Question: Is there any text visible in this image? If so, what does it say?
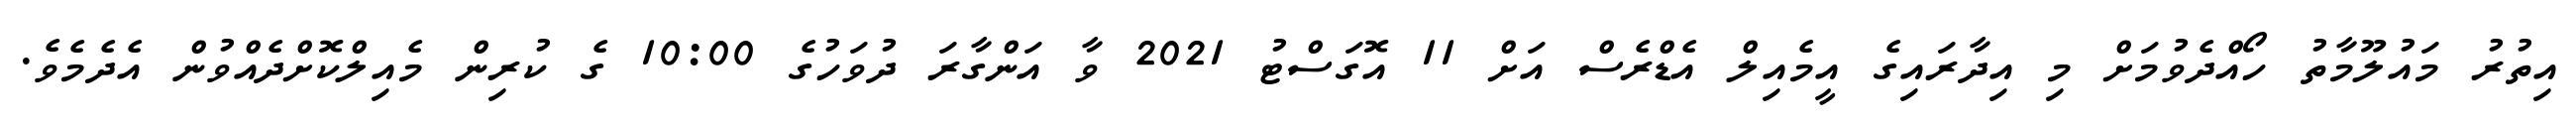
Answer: އިތުރު މައުލޫމާތު ހޯއްދެވުމަށް މި އިދާރައިގެ އީމެއިލް އެޑްރެސް އަށް 11 އޮގަސްޓު 2021 ވާ އަންގާރަ ދުވަހުގެ 10:00 ގެ ކުރިން މެއިލްކޮށްދެއްވުން އެދެމެވެ.